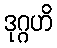
ဒုဂ္ဂဟိ